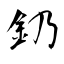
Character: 釢